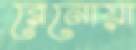
রেনোয়া